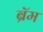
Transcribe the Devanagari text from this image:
ब्रॅम